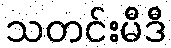
သတင်းမီဒီ